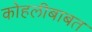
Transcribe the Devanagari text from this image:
कोहलीबाबत